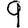
Digit: 9